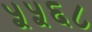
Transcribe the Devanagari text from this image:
५५६८